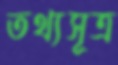
তথ্যসূত্র